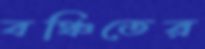
বঞ্চিতের